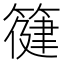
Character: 𮅿